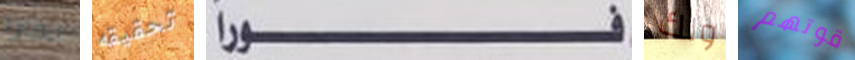
نهارا تحقيقه فورا ولك قوتهم